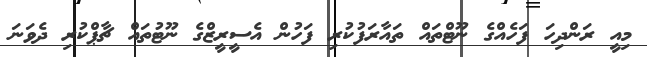
މިއީ ރަންދިހަ ފަހެއްގެ ނޫޓްތައް ތައާރަފުކުރި ފަހުން އެސީރީޒްގެ ނޫޓުތައް ޗާޕްކުރި ދެވަނަ